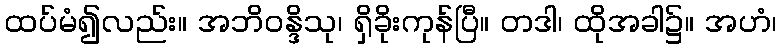
ထပ်မံ၍လည်း။ အဘိဝန္ဒိသု၊ ရှိခိုးကုန်ပြီ။ တဒါ၊ ထိုအခါ၌။ အဟံ၊